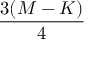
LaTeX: \frac { 3 ( M - K ) } { 4 }